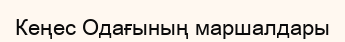
Кеңес Одағының маршалдары